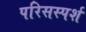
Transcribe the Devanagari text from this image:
परिसस्पर्श